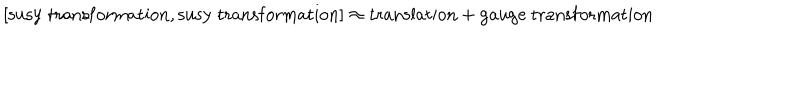
{ } [ \mathrm { s u s y \ t r a n s f o r m a t i o n } , \mathrm { s u s y \ t r a n s f o r m a t i o n } ] \approx \mathrm { t r a n s l a t i o n } + \mathrm { g a u g e \ t r a n s f o r m a t i o n }